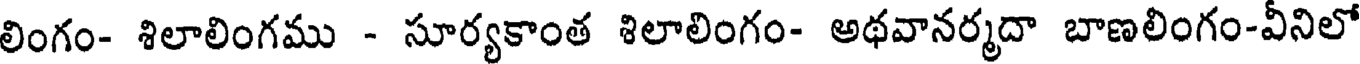
లింగం- శిలాలింగము - సూర్యకాంత శిలాలింగం- అథవానర్మదా బాణలింగం-వీనిలో